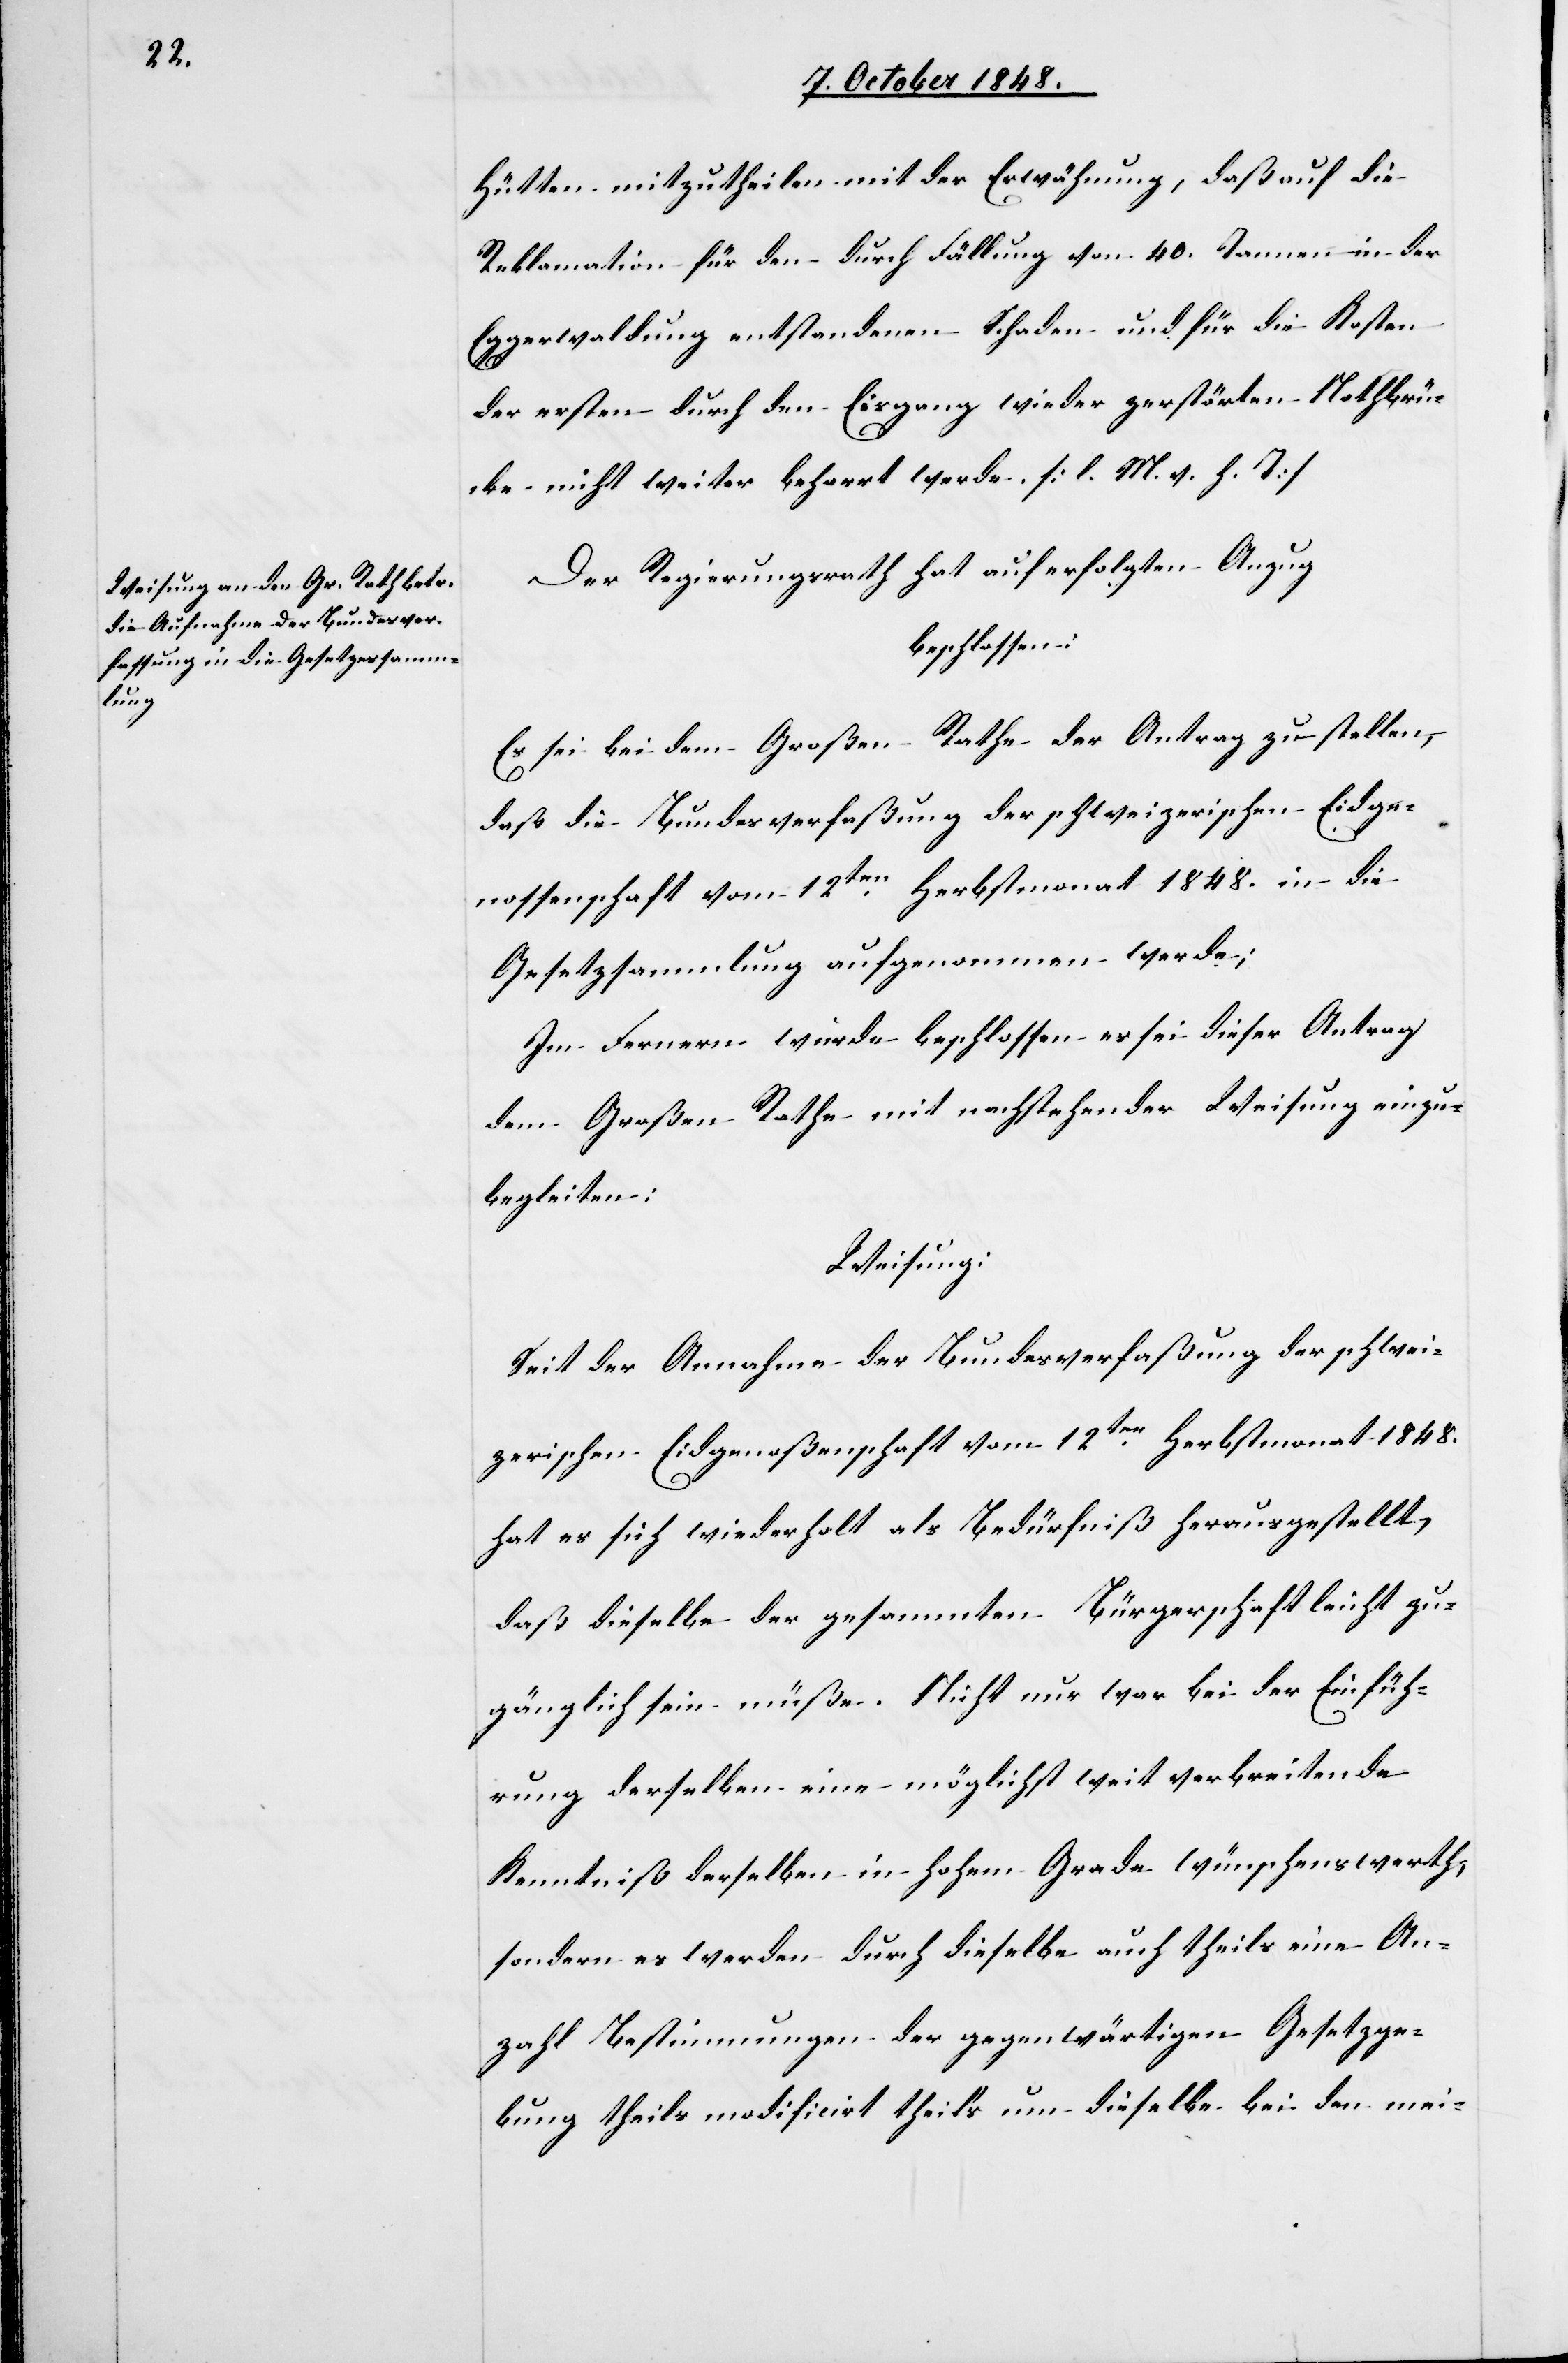
Hütten mitzutheilen mit der Erwähnung, daß auf die
Reklamation für den durch Fällung von 40. Tannen in der
Eggerwaldung entstandenen Schaden und für die Kosten
der ersten durch den Eisgang wieder zerstörten Nothbrü¬
cke nicht weiter beharrt werde. [l. M. v. h. T]
Der Regierungsrath hat auf erfolgten Anzug
beschlossen:
Es sei bei dem Großen Rathe der Antrag zu stellen,
daß die Bundesverfaßung der schweizerischen Eidge¬
nossenschaft vom 12ten Herbstmonat 1848. in die
Gesetzsammlung aufgenommen werde;
Im Fernern wurde beschlossen es sei dieser Antrag
dem Großen Rathe mit nachstehender Weisung einzu¬
begleiten:
Weisung:
Seit der Annahme der Bundesverfaßung der schwei¬
zerischen Eidgenoßenschaft vom 12ten Herbstmonat 1848.
hat es sich wiederholt als Bedürfniß herausgestellt,
daß dieselbe der gesammten Bürgerschaft leicht zu¬
gänglich sein müße. Nicht nur war bei der Einfüh¬
rung derselben eine möglichst weit verbreitende
Kenntniß derselben in hohem Grade wünschenswerth,
sondern es werden durch dieselbe auch theils eine An¬
zahl Bestimmungen der gegenwärtigen Gesetzge¬
bung theils modificirt theils um dieselbe bei den mei-